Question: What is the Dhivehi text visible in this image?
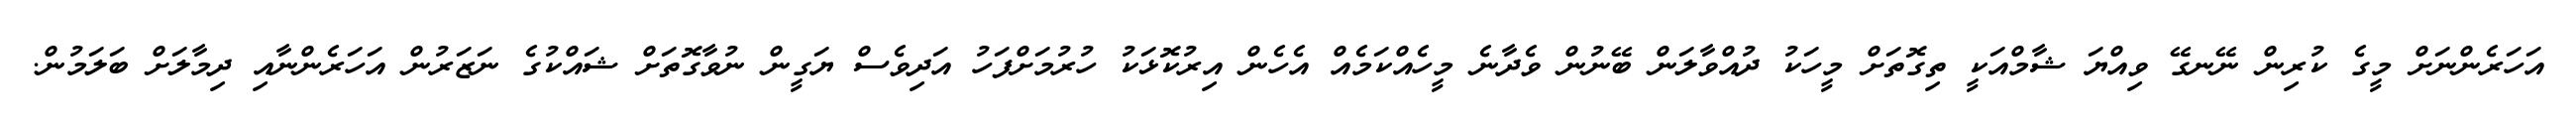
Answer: އަހަރެންނަށް މީގެ ކުރިން ނޭނގޭ ވިއްޔަ ޝާމްއަކީ ތިގޮތަށް މީހަކު ދުއްވާލަން ބޭނުން ވެދާނެ މީހެއްކަމެއް އެހެން އިރުކޮޅަކު ހުރުމަށްފަހު އަދިވެސް ޔަގީން ނުވާގޮތަށް ޝައްކުގެ ނަޒަރުން އަހަރެންނާއި ދިމާލަށް ބަލަމުން.